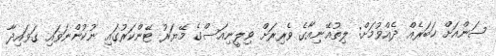
ސަންއަށް ޚަބަރެއް ދެއްވުމަށް: ލިތުއޭނިއާގެ ވެރިރަށް ވިލީނިއަސްގެ މޭޔަރު ޓޭންކަރުގައި ނުކުންނަވައި ގަވައިދާ